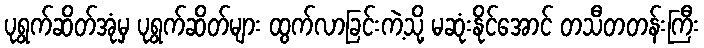
ပုရွက်ဆိတ်အုံမှ ပုရွက်ဆိတ်များ ထွက်လာခြင်းကဲ့သို့ မဆုံးနိုင်အောင် တသီတတန်းကြီး